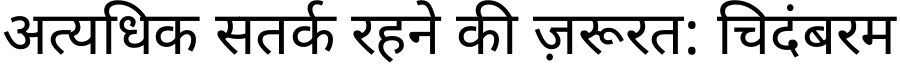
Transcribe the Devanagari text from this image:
अत्यधिक सतर्क रहने की ज़रूरत: चिदंबरम